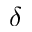
\delta